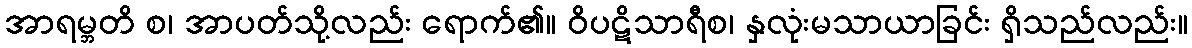
အာရမ္ဘတိ စ၊ အာပတ်သို့လည်း ရောက်၏။ ဝိပဋိသာရီစ၊ နှလုံးမသာယာခြင်း ရှိသည်လည်း။